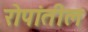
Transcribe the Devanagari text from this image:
रोपांतील